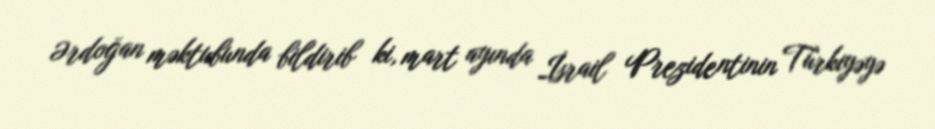
Ərdoğan məktubunda bildirib ki, mart ayında İsrail Prezidentinin Türkiyəyə